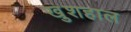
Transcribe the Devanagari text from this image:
खु़शहाल